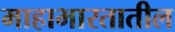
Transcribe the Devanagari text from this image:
माहाभारतातील